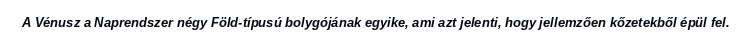
A Vénusz a Naprendszer négy Föld-típusú bolygójának egyike, ami azt jelenti, hogy jellemzően kőzetekből épül fel.